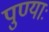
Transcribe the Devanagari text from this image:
पुण्याः